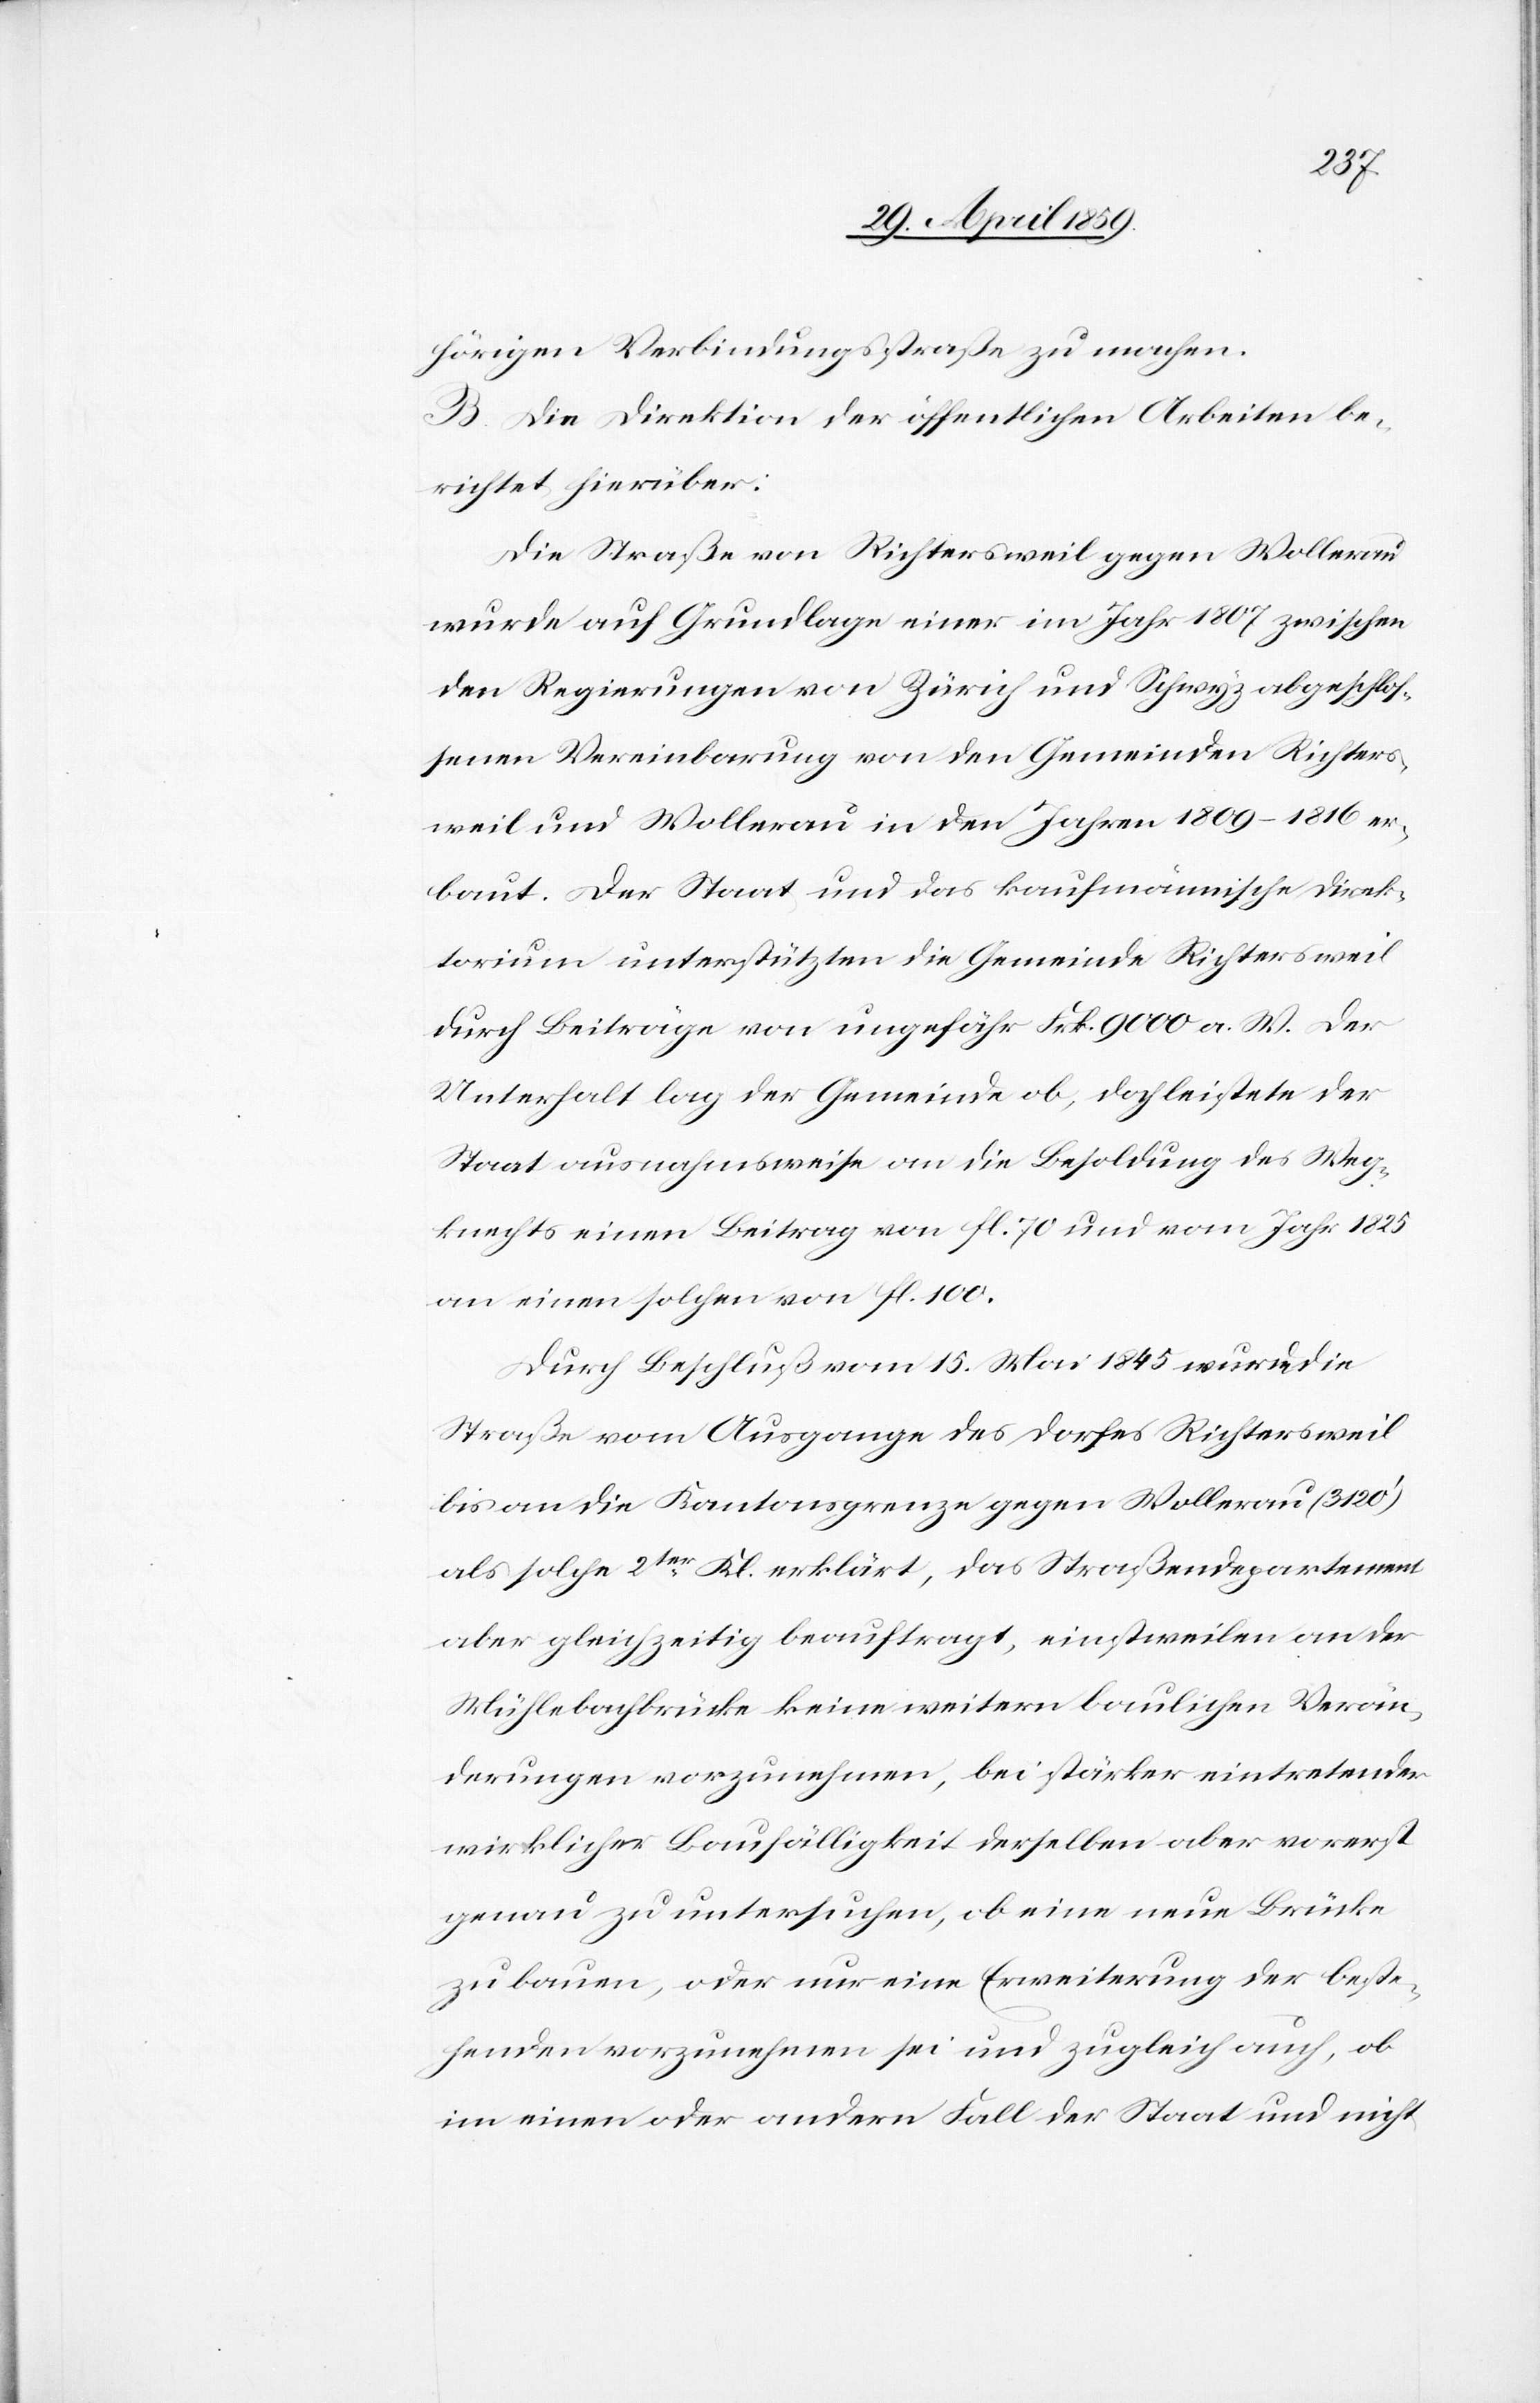
hörigen Verbindungsstraße zu machen.
B. Die Direktion der öffentlichen Arbeiten be¬
richtet hierüber:
Die Straße von Richtersweil gegen Wollerau
wurde auf Grundlage einer im Jahr 1807 zwischen
den Regierungen von Zürich und Schwyz abgeschlos¬
senen Vereinbarung von den Gemeinden Richters¬
weil und Wollerau in den Jahren 1809(1816 er¬
baut. Der Staat und das kaufmännische Direk¬
torium unterstützten die Gemeinde Richtersweil
durch Beiträge von ungefähr Frk. 9000 a. W. Der
Unterhalt lag der Gemeinde ob, doch leistete der
Staat ausnahmsweise an die Besoldung des Weg¬
knechts einen Beitrag von fl. 70 und vom Jahr 1825
an einen solchen von fl. 100.
Durch Beschluß vom 15. Mai 1845 wurde die
Straße vom Ausgange des Dorfes Richtersweil
bis an die Kantonsgrenze gegen Wollerau (3120‘)
als solche 2ter Kl. erklärt, das Straßendepartement
aber gleichzeitig beauftragt, einstweilen an der
Mühlebachbrücke keine weitern baulichen Verän¬
derungen vorzunehmen, bei stärker eintretender
wirklicher Baufälligkeit derselben aber vorerst
genau zu untersuchen, ob eine neue Brücke
zu bauen, oder nur eine Erweiterung der beste¬
henden vorzunehmen sei und zugleich auch, ob
im einen oder andern Fall der Staat und nicht